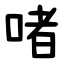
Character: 啫